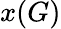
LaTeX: x(G)